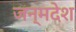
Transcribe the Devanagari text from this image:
जन्मदेश